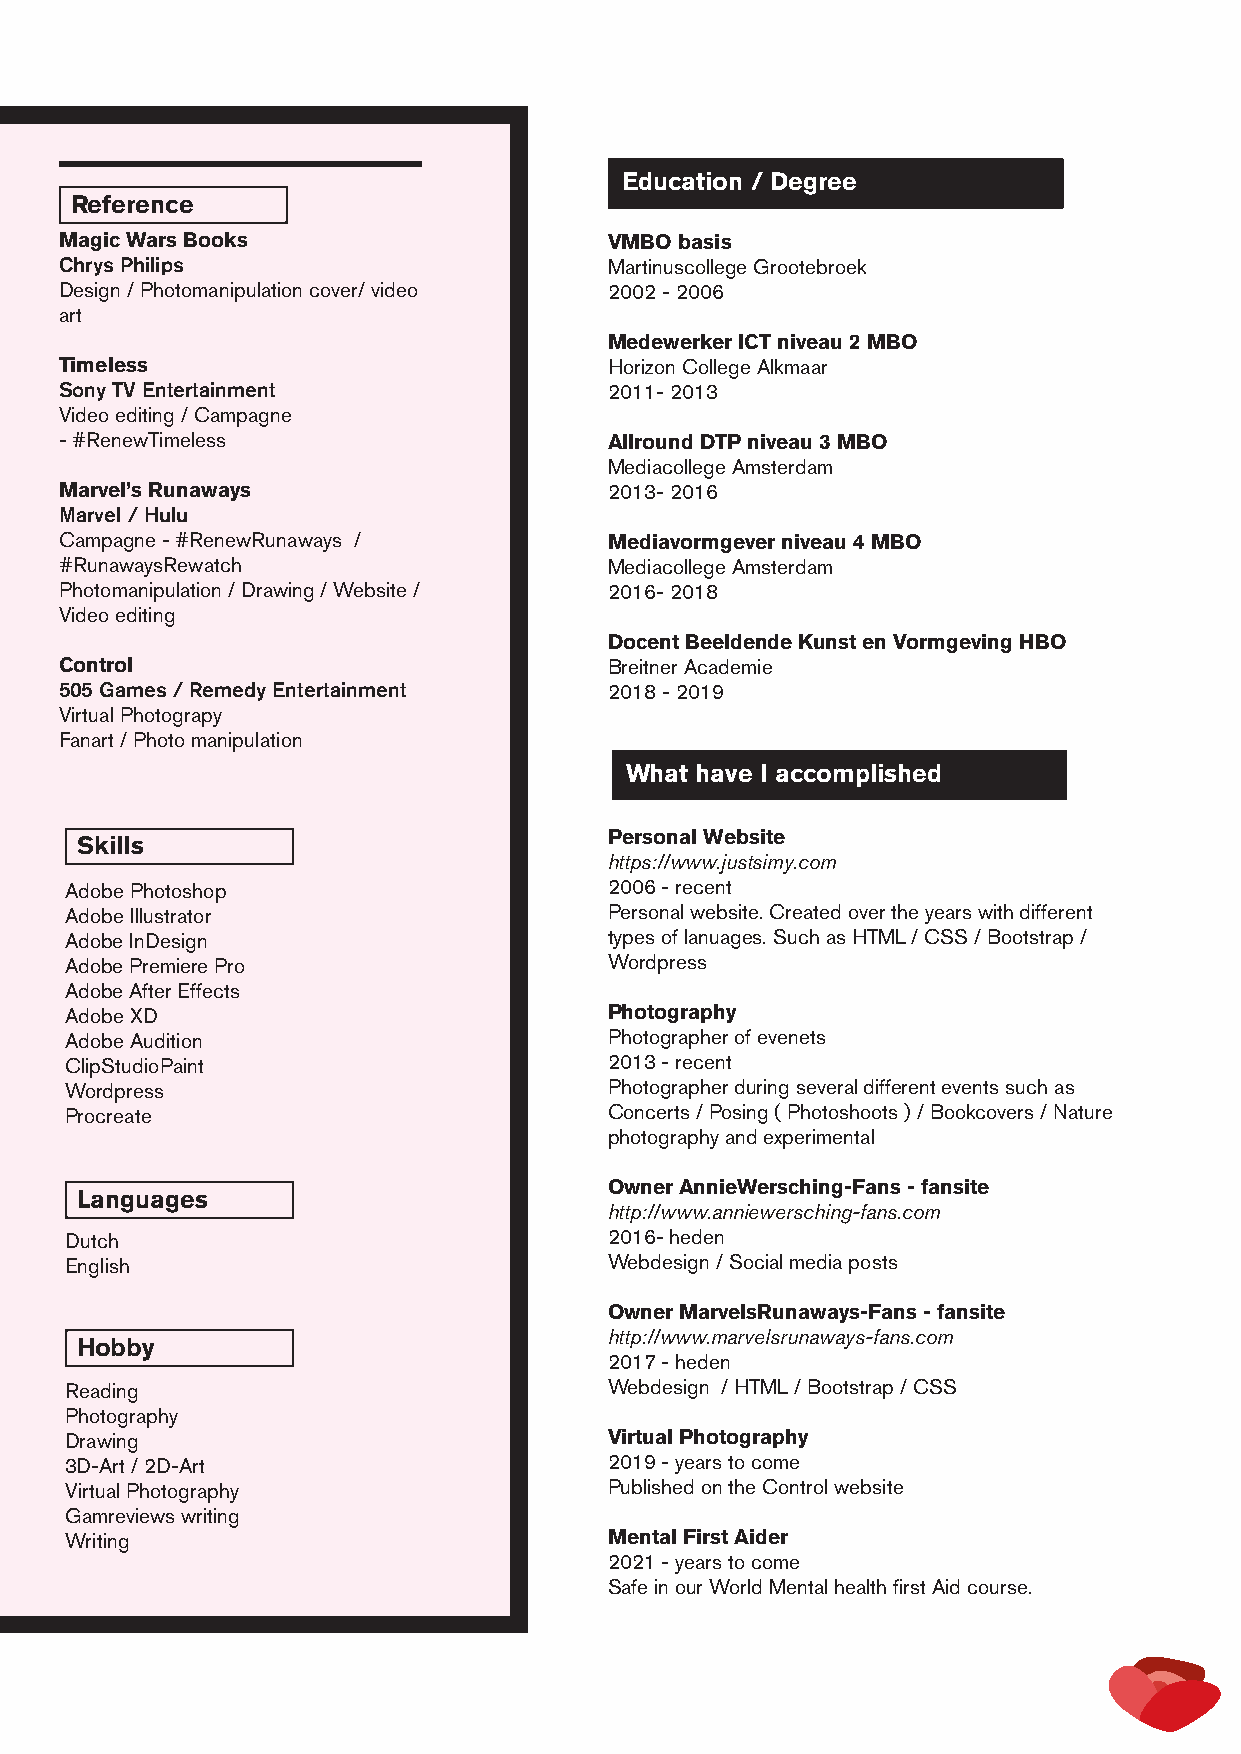
Education / Degree
 Reference
 Magic Wars Books                    VMBO basis
 Chrys Philips                       Martinuscollege Grootebroek
 Design / Photomanipulation cover/ video 2002 - 2006
 art
 Medewerker ICT niveau 2 MBO
 Timeless                            Horizon College Alkmaar
 Sony TV Entertainment               2011- 2013
 Video editing / Campagne
 - #RenewTimeless                    Allround DTP niveau 3 MBO
 Mediacollege Amsterdam
 Marvel’s Runaways                   2013- 2016
 Marvel / Hulu
 Campagne - #RenewRunaways /         Mediavormgever niveau 4 MBO
 #RunawaysRewatch                    Mediacollege Amsterdam
 Photomanipulation / Drawing / Website / 2016- 2018
 Video editing
 Docent Beeldende Kunst en Vormgeving HBO
 Control                             Breitner Academie
 505 Games / Remedy Entertainment    2018 - 2019
 Virtual Photograpy
 Fanart / Photo manipulation
 What have I accomplished
 Personal Website
 Skills
 https://www.justsimy.com
 Adobe Photoshop                     2006 - recent
 Adobe Illustrator                   Personal website. Created over the years with different
 Adobe InDesign                      types of lanuages. Such as HTML / CSS / Bootstrap /
 Adobe Premiere Pro                  Wordpress
 Adobe After Effects
 Adobe XD                            Photography
 Adobe Audition                      Photographer of evenets
 ClipStudioPaint                     2013 - recent
 Wordpress                           Photographer during several different events such as
 Procreate                           Concerts / Posing ( Photoshoots ) / Bookcovers / Nature
 photography and experimental
 Owner AnnieWersching-Fans - fansite
 Languages
 http://www.anniewersching-fans.com
 Dutch                               2016- heden
 English                             Webdesign / Social media posts
 Owner MarvelsRunaways-Fans - fansite
 http://www.marvelsrunaways-fans.com
 Hobby
 2017 - heden
 Reading                             Webdesign / HTML / Bootstrap / CSS
 Photography
 Drawing                             Virtual Photography
 3D-Art / 2D-Art                     2019 - years to come
 Virtual Photography                 Published on the Control website
 Gamreviews writing
 Writing                             Mental First Aider
 2021 - years to come
 Safe in our World Mental health first Aid course.